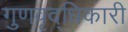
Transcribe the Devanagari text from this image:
गुणवृद्धिकारी